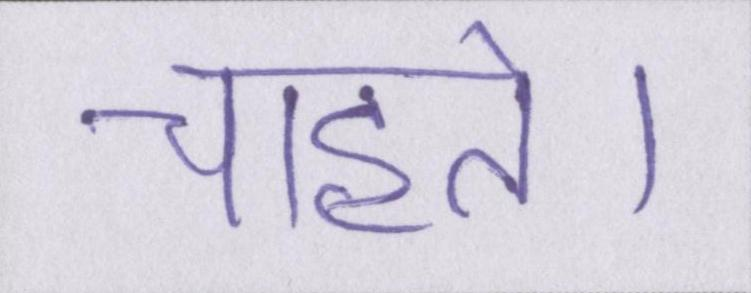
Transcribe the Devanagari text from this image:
चाहते।